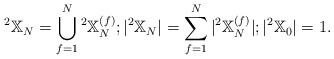
LaTeX: \begin{align*}^2\mathbb{X}_N = \bigcup_{f=1}^N{} ^2\mathbb{X}_N^{(f)};|^2\mathbb{X}_N| = \sum_{f=1}^N |^2\mathbb{X}_N^{(f)}|;|^2\mathbb{X}_0| = 1.\end{align*}